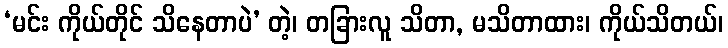
‘မင်း ကိုယ်တိုင် သိနေတာပဲ’ တဲ့၊ တခြားလူ သိတာ, မသိတာထား၊ ကိုယ်သိတယ်၊